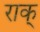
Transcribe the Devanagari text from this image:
राक्‌